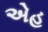
એહ